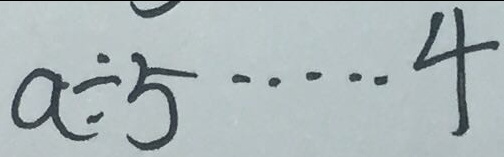
a \div 5 \cdots 4